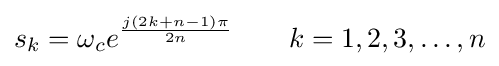
s_{k}=\omega _{c}e^{\frac {j(2k+n-1)\pi }{2n}}\qquad k=1,2,3,\ldots ,n